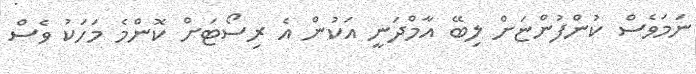
ނަމަވެސް ކުންފުންޏަށް ލިބޭ އާމްދަނީ އަކުން އެ ރިސޯޓަށް ކޮންމެ މަހަކު ވެސް